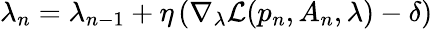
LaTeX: \lambda_{n}=\lambda_{n-1}+\eta\left(\nabla_{\lambda}\mathcal{L}(p_{n},A_{n},\lambda)-\delta\right)